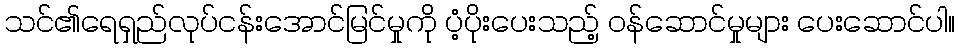
သင်၏ရေရှည်လုပ်ငန်းအောင်မြင်မှုကို ပံ့ပိုးပေးသည့် ဝန်ဆောင်မှုများ ပေးဆောင်ပါ။